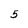
Character: 5